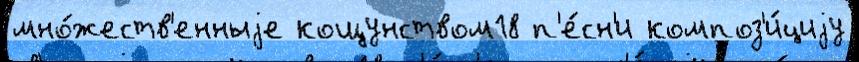
мно́жеств'енныjе кощунством18 п'е́сн'и композ'и́циjу